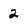
Character: 2